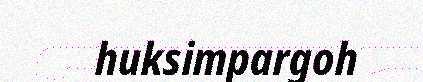
huksimpargoh